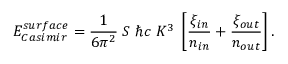
E _ { \small C a s i m i r } ^ { \small s u r f a c e } = { \frac { 1 } { 6 \pi ^ { 2 } } } \; S \; \hbar c \; K ^ { 3 } \; \left[ { \frac { \xi _ { \small i n } } { n _ { \small i n } } } + { \frac { \xi _ { \small o u t } } { n _ { \small o u t } } } \right] .